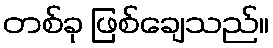
တစ်ခု ဖြစ်ချေသည်။